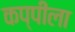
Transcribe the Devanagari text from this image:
कप्पीला